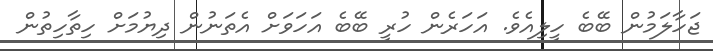
ޖަހާލަމުން ބޭބެ ހީލިއެވެ. އަހަރެން ހުރީ ބޭބެ އަހަވަށް އެތަނުން ދިޔުމަށް ހިތާހިތުން